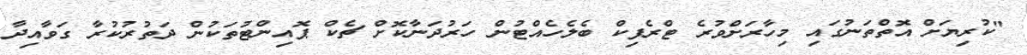
"ކުރިޔަށް އޮތްތަނުގައި މިހާރަށްވުރެ ޓްރެފިކް ބެލެހެއްޓުން ހަރުދަނާކޮށް ޗެކް ޕޮއިންޓުތަކުން ދަތުރުކުރާ ގަވާއިދާ